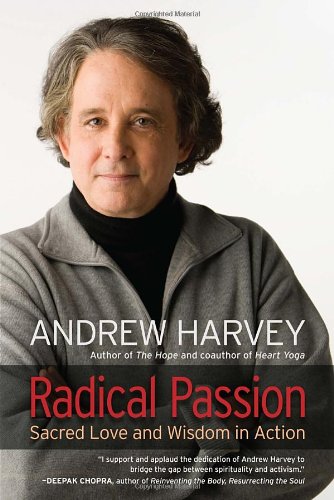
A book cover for Radical Passion: Sacred Love and Wisdom in Action; Andrew Harvey; Religion & Spirituality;